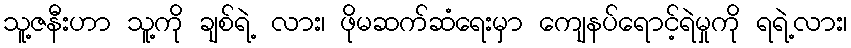
သူ့ဇနီးဟာ သူ့ကို ချစ်ရဲ့ လား၊ ဖိုမဆက်ဆံရေးမှာ ကျေနပ်ရောင့်ရဲမှုကို ရရဲ့လား၊